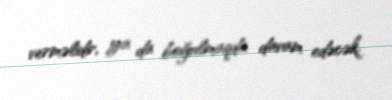
verməlidir, ya da boğulmaqda davam edəcək.